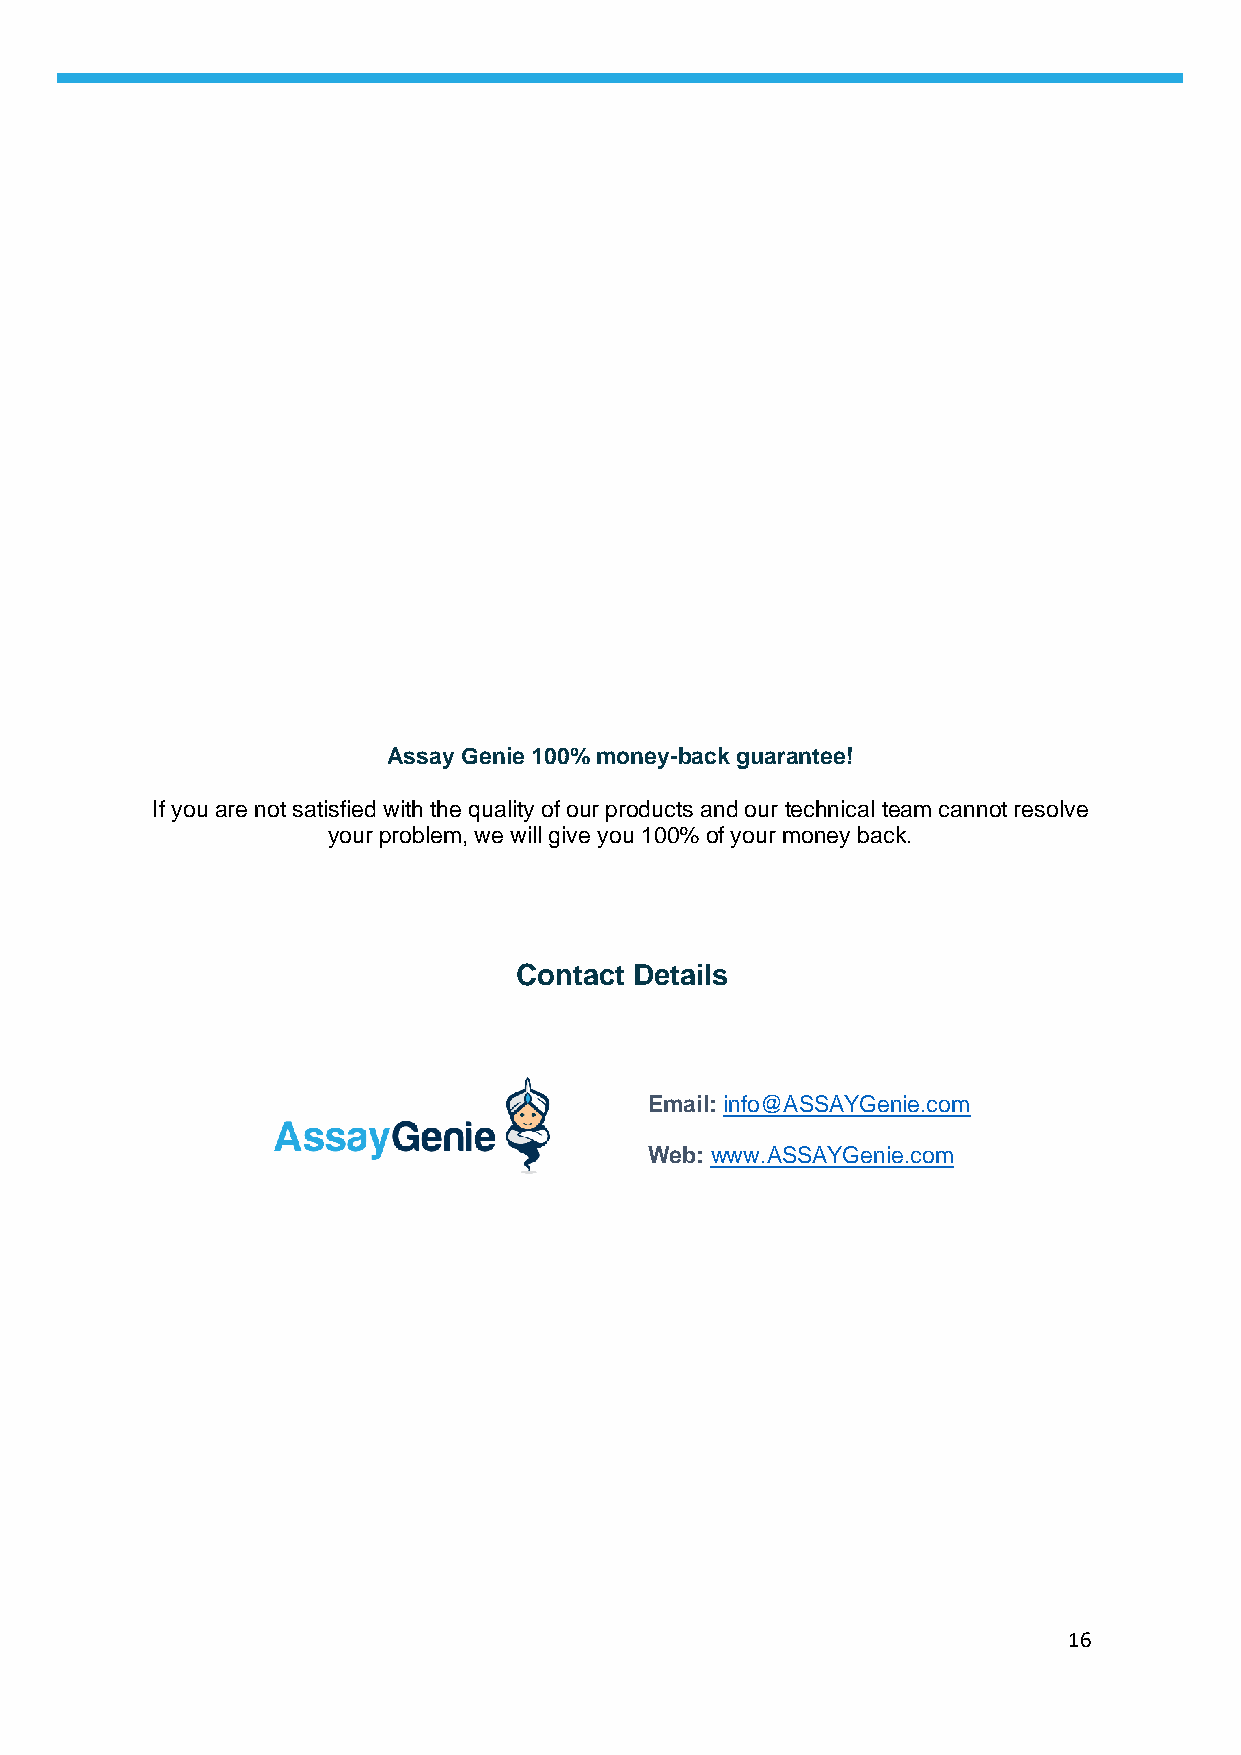
Assay Genie 100% money-back guarantee!
 If you are not satisfied with the quality of our products and our technical team cannot resolve
 your problem, we will give you 100% of your money back.
 Contact Details
 Email: info@ASSAYGenie.com
 Web: www.ASSAYGenie.com
 16